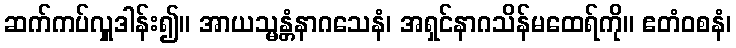
ဆက်ကပ်လှူဒါန်း၍။ အာယသ္မန္တံနာဂသေနံ၊ အရှင်နာဂသိန်မထေရ်ကို။ ဧတံဝစနံ၊